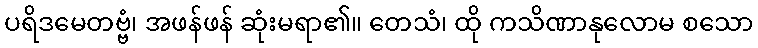
ပရိဒမေတဗ္ဗံ၊ အဖန်ဖန် ဆုံးမရာ၏။ တေသံ၊ ထို ကသိဏာနုလောမ စသော